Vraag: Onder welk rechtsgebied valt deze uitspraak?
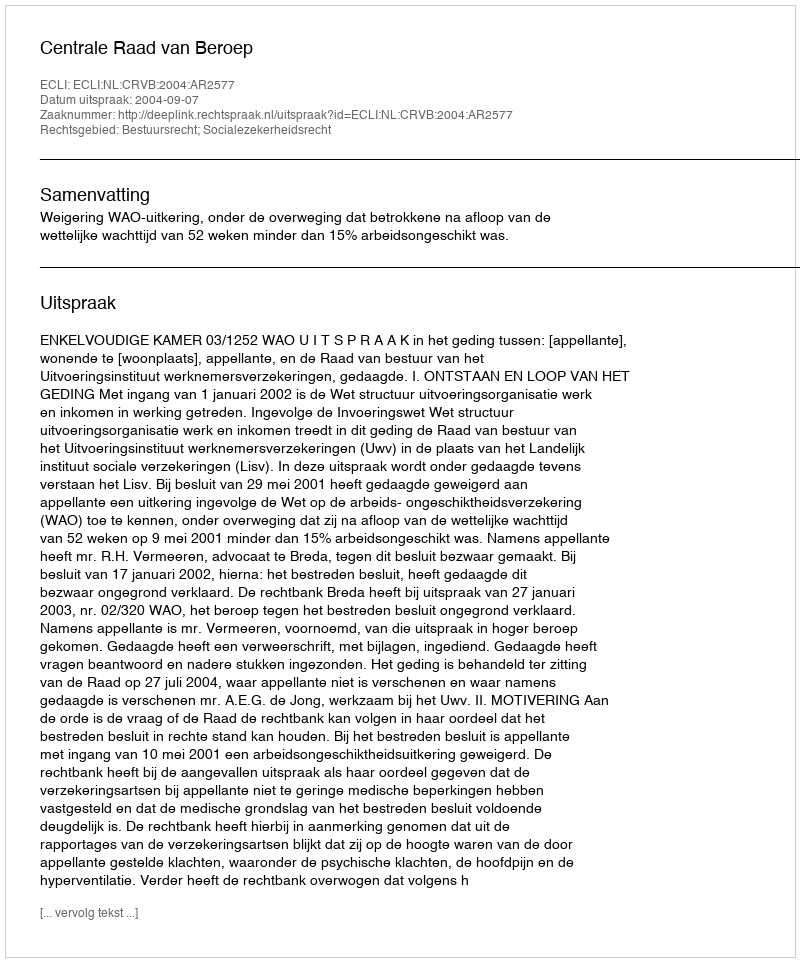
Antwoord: Bestuursrecht; Socialezekerheidsrecht